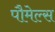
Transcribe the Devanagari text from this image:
पौमेल्स